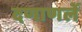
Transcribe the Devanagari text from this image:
दणाणलें